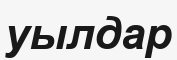
уылдар